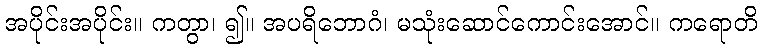
အပိုင်းအပိုင်း။ ကတွာ၊ ၍။ အပရိဘောဂံ၊ မသုံးဆောင်ကောင်းအောင်။ ကရောတိ